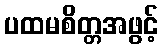
ပထမစိတ္တအဖွင့်